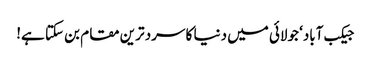
جیکب آباد‘ جولائی میں دنیا کا سرد ترین مقام بن سکتا ہے!